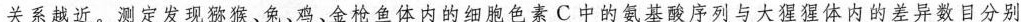
关系越近。测定发现猕猴、兔、鸡、金枪鱼体内的细胞色素C中的氨基酸序列与大猩猩体内的差异数目分别